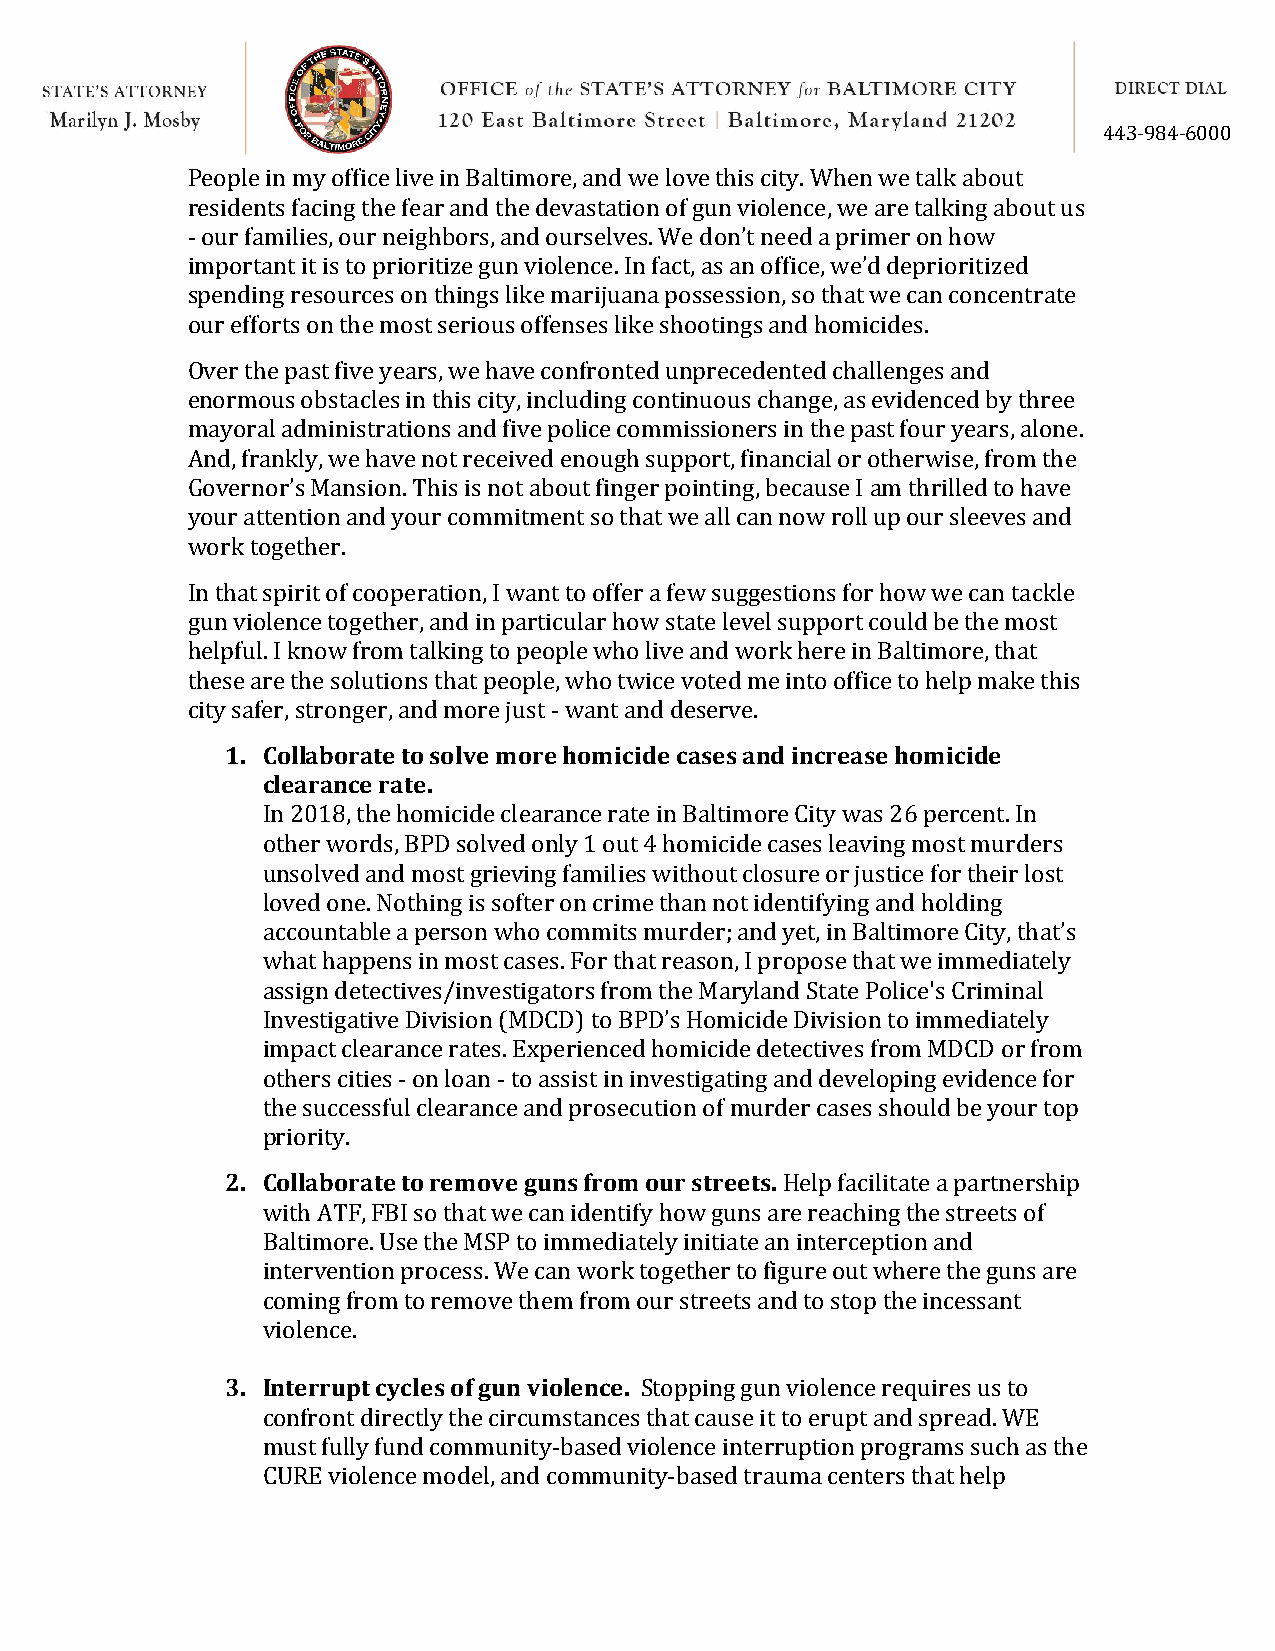
443-984-6000
 People in my office live in Baltimore, and we love this city. When we talk about
 residents facing the fear and the devastation of gun violence, we are talking about us
 - our families, our neighbors, and ourselves. We don’t need a primer on how
 important it is to prioritize gun violence. In fact, as an office, we’d deprioritized
 spending resources on things like marijuana possession, so that we can concentrate
 our efforts on the most serious offenses like shootings and homicides.
 Over the past five years, we have confronted unprecedented challenges and
 enormous obstacles in this city, including continuous change, as evidenced by three
 mayoral administrations and five police commissioners in the past four years, alone.
 And, frankly, we have not received enough support, financial or otherwise, from the
 Governor’s Mansion. This is not about finger pointing, because I am thrilled to have
 your attention and your commitment so that we all can now roll up our sleeves and
 work together.
 In that spirit of cooperation, I want to offer a few suggestions for how we can tackle
 gun violence together, and in particular how state level support could be the most
 helpful. I know from talking to people who live and work here in Baltimore, that
 these are the solutions that people, who twice voted me into office to help make this
 city safer, stronger, and more just - want and deserve.
 1. Collaborate to solve more homicide cases and increase homicide
 clearance rate.
 In 2018, the homicide clearance rate in Baltimore City was 26 percent. In
 other words, BPD solved only 1 out 4 homicide cases leaving most murders
 unsolved and most grieving families without closure or justice for their lost
 loved one. Nothing is softer on crime than not identifying and holding
 accountable a person who commits murder; and yet, in Baltimore City, that’s
 what happens in most cases. For that reason, I propose that we immediately
 assign detectives/investigators from the Maryland State Police's Criminal
 Investigative Division (MDCD) to BPD’s Homicide Division to immediately
 impact clearance rates. Experienced homicide detectives from MDCD or from
 others cities - on loan - to assist in investigating and developing evidence for
 the successful clearance and prosecution of murder cases should be your top
 priority.
 2. Collaborate to remove guns from our streets. Help facilitate a partnership
 with ATF, FBI so that we can identify how guns are reaching the streets of
 Baltimore. Use the MSP to immediately initiate an interception and
 intervention process. We can work together to figure out where the guns are
 coming from to remove them from our streets and to stop the incessant
 violence.
 3. Interrupt cycles of gun violence. Stopping gun violence requires us to
 confront directly the circumstances that cause it to erupt and spread. WE
 must fully fund community-based violence interruption programs such as the
 CURE violence model, and community-based trauma centers that help